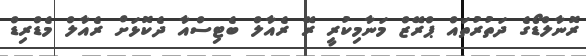
ރޮނާލްޑޯގެ ދަތުރުތައް ޕްރޭޒް މަނާމިކުރީ ރޭ ރެއާލް ބެޓިސްއާ ދެކޮޅަށް ރެއާލް މެޑްރިޑް